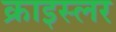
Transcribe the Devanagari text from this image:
क्राइस्लर